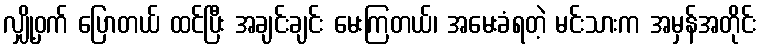
လျှို့ဝှက် ပြောတယ် ထင်ပြီး အချင်းချင်း မေးကြတယ်၊ အမေးခံရတဲ့ မင်းသားက အမှန်အတိုင်း